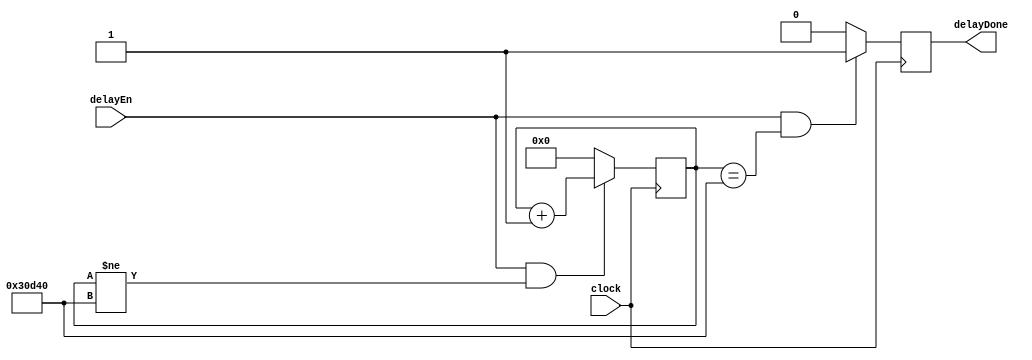
`timescale 1ns / 1ps
//////////////////////////////////////////////////////////////////////////////////
// Company:
// Engineer:
//
// Design Name:
// Module Name: delayGen
// Project Name:
// Target Devices:
// Tool Versions:
// Description:
//
// Dependencies:
//
// Revision:
// Revision 0.01 - File Created
// Additional Comments:
//
//////////////////////////////////////////////////////////////////////////////////


module delayGen(
    input clock,
    input delayEn,       // After enabling start counting delay,
    output reg delayDone // The hand shaking between modules, telling the master, delay is completed.
    );

reg [17:0] counter; // Since we need 200,000 cycles, 17 ~= log200000

always @(posedge clock)
begin
    if(delayEn & counter!=200000)
        counter <= counter+1;
    else
        counter <= 0;
end

always @(posedge clock)
begin
    if(delayEn & counter==200000)
        delayDone <= 1'b1; // Once delay is compelted, make delay done low.
    else
        delayDone <= 1'b0;
end

endmodule